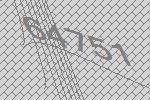
64751